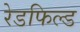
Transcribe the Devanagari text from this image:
रेडफिल्ड